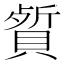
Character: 𬥡